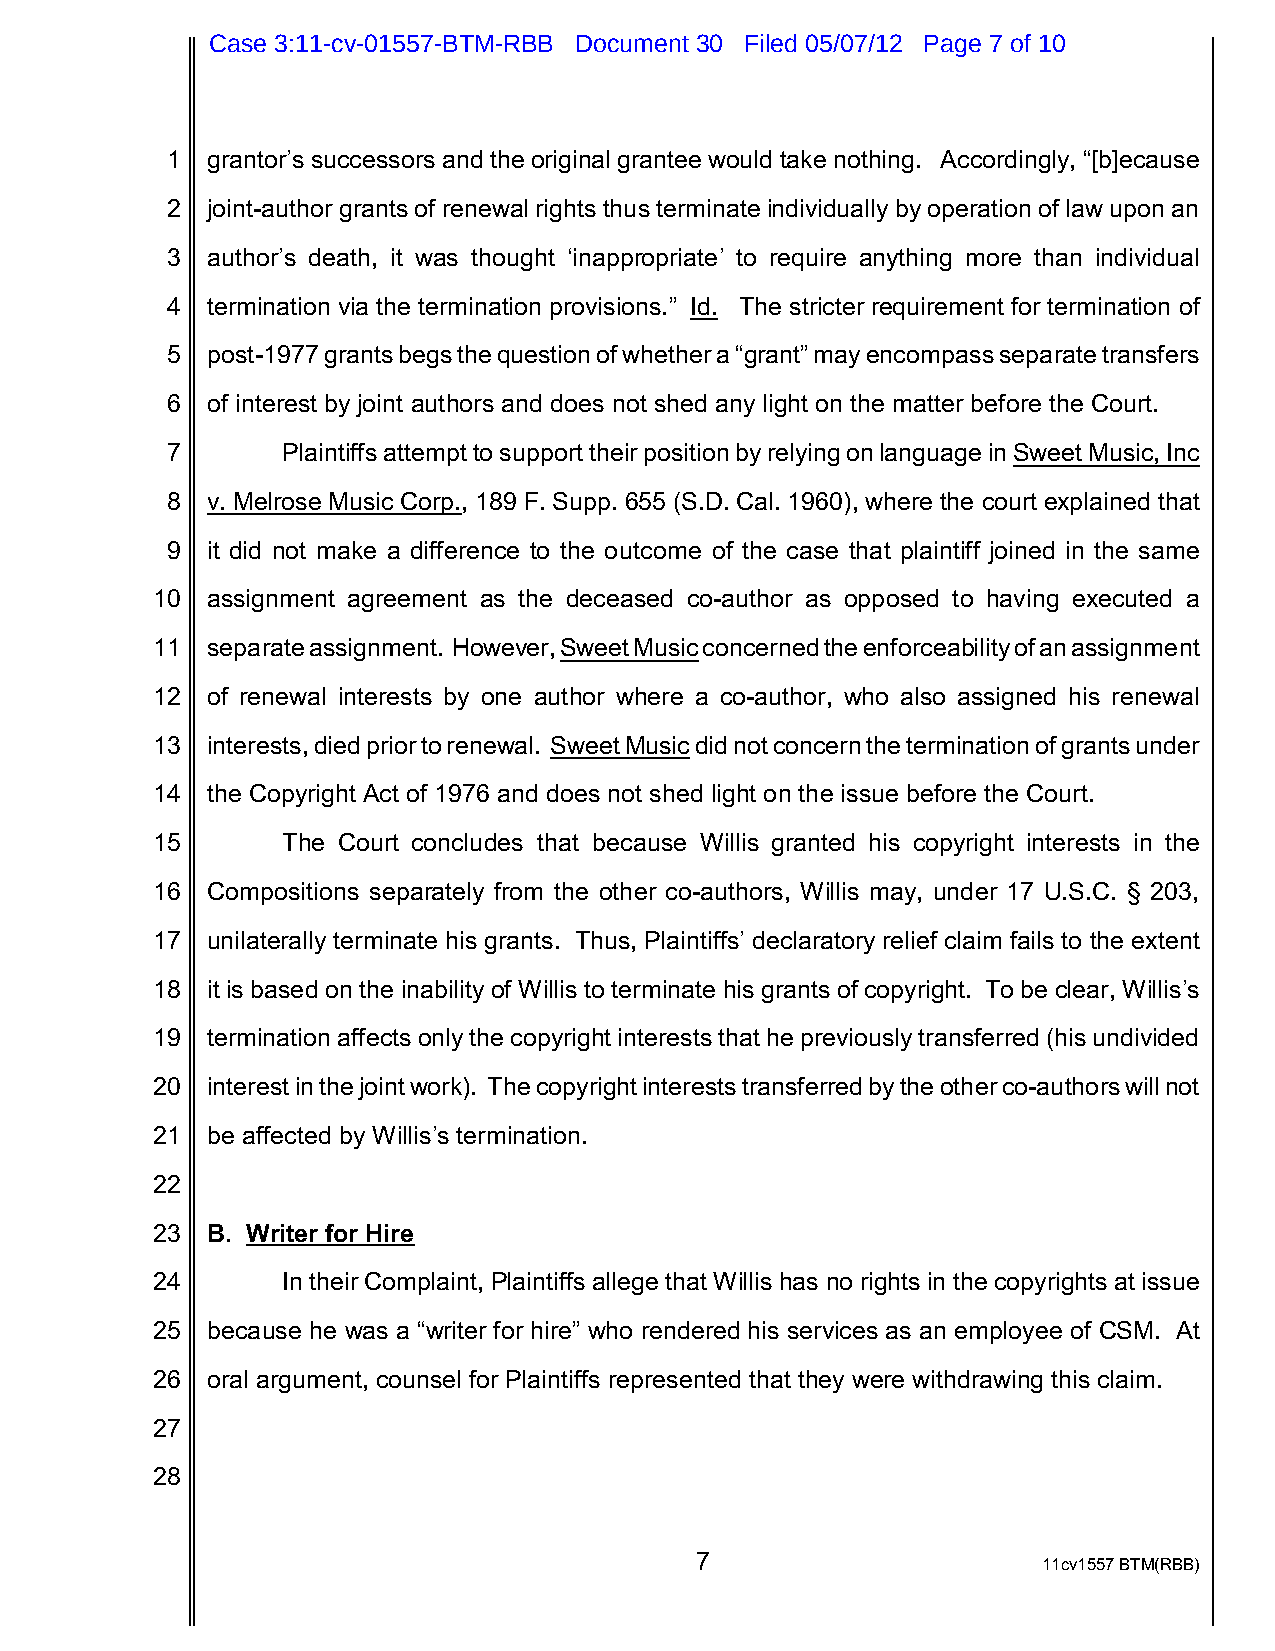
Case 3:11-cv-01557-BTM-RBB Document 30 Filed 05/07/12 Page 7 of 10
 1  grantor’s successors and the original grantee would take nothing. Accordingly, “[b]ecause
 2  joint-author grants of renewal rights thus terminate individually by operation of law upon an
 3  author’s death, it was thought ‘inappropriate’ to require anything more than individual
 4  termination via the termination provisions.” Id. The stricter requirement for termination of
 5  post-1977 grants begs the question of whether a “grant” may encompass separate transfers
 6  of interest by joint authors and does not shed any light on the matter before the Court.
 7       Plaintiffs attempt to support their position by relying on language in Sweet Music, Inc
 8  v. Melrose Music Corp., 189 F. Supp. 655 (S.D. Cal. 1960), where the court explained that
 9  it did not make a difference to the outcome of the case that plaintiff joined in the same
 10  assignment agreement as the deceased co-author as opposed to having executed a
 11  separate assignment. However, Sweet Music concerned the enforceability of an assignment
 12  of renewal interests by one author where a co-author, who also assigned his renewal
 13  interests, died prior to renewal. Sweet Music did not concern the termination of grants under
 14  the Copyright Act of 1976 and does not shed light on the issue before the Court.
 15       The Court concludes that because Willis granted his copyright interests in the
 16  Compositions separately from the other co-authors, Willis may, under 17 U.S.C. § 203,
 17  unilaterally terminate his grants. Thus, Plaintiffs’ declaratory relief claim fails to the extent
 18  it is based on the inability of Willis to terminate his grants of copyright. To be clear, Willis’s
 19  termination affects only the copyright interests that he previously transferred (his undivided
 20  interest in the joint work). The copyright interests transferred by the other co-authors will not
 21  be affected by Willis’s termination.
 22
 23  B. Writer for Hire
 24       In their Complaint, Plaintiffs allege that Willis has no rights in the copyrights at issue
 25  because he was a “writer for hire” who rendered his services as an employee of CSM. At
 26  oral argument, counsel for Plaintiffs represented that they were withdrawing this claim.
 27
 28
 7                      11cv1557 BTM(RBB)